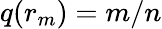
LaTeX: q(r_{m})=m/n